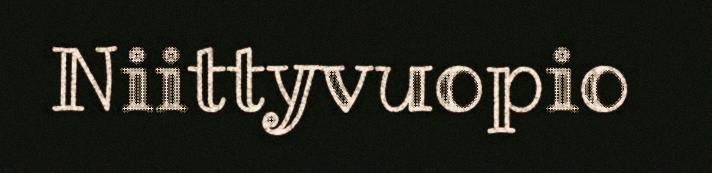
Niittyvuopio